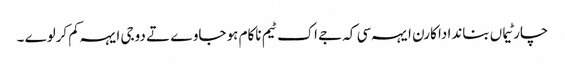
چار ٹیماں بناندا دا کارن ایہہ سی کہ جے اک ٹیم ناکام ہو جاوے تے دوجی ایہہ کم کرلوے ۔